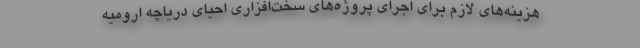
هزینه‌های لازم برای اجرای پروژه‌های سخت‌افزاری احیای دریاچه ارومیه